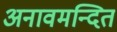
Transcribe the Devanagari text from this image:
अनावमन्दित